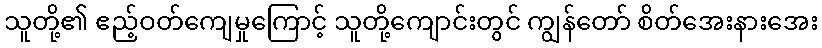
သူတို့၏ ဧည့်ဝတ်ကျေမှုကြောင့် သူတို့ကျောင်းတွင် ကျွန်တော် စိတ်အေးနားအေး